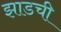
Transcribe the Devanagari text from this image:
झाडची